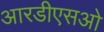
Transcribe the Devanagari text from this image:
आरडीएसओ